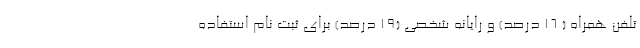
تلفن همراه ( 16 درصد) و رایانه شخصی (19 درصد) برای ثبت نام استفاده